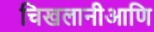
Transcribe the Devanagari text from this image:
चिखलानीआणि